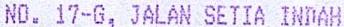
NO. 17-G, JALAN SETIA INDAH